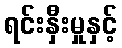
ရင်းနှီးမှုနှင့်